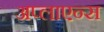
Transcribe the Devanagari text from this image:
अप्लाएन्स